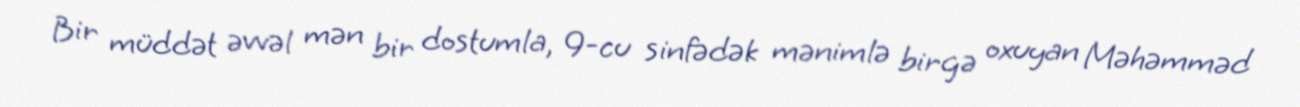
Bir müddət əvvəl mən bir dostumla, 9-cu sinfədək mənimlə birgə oxuyan Məhəmməd